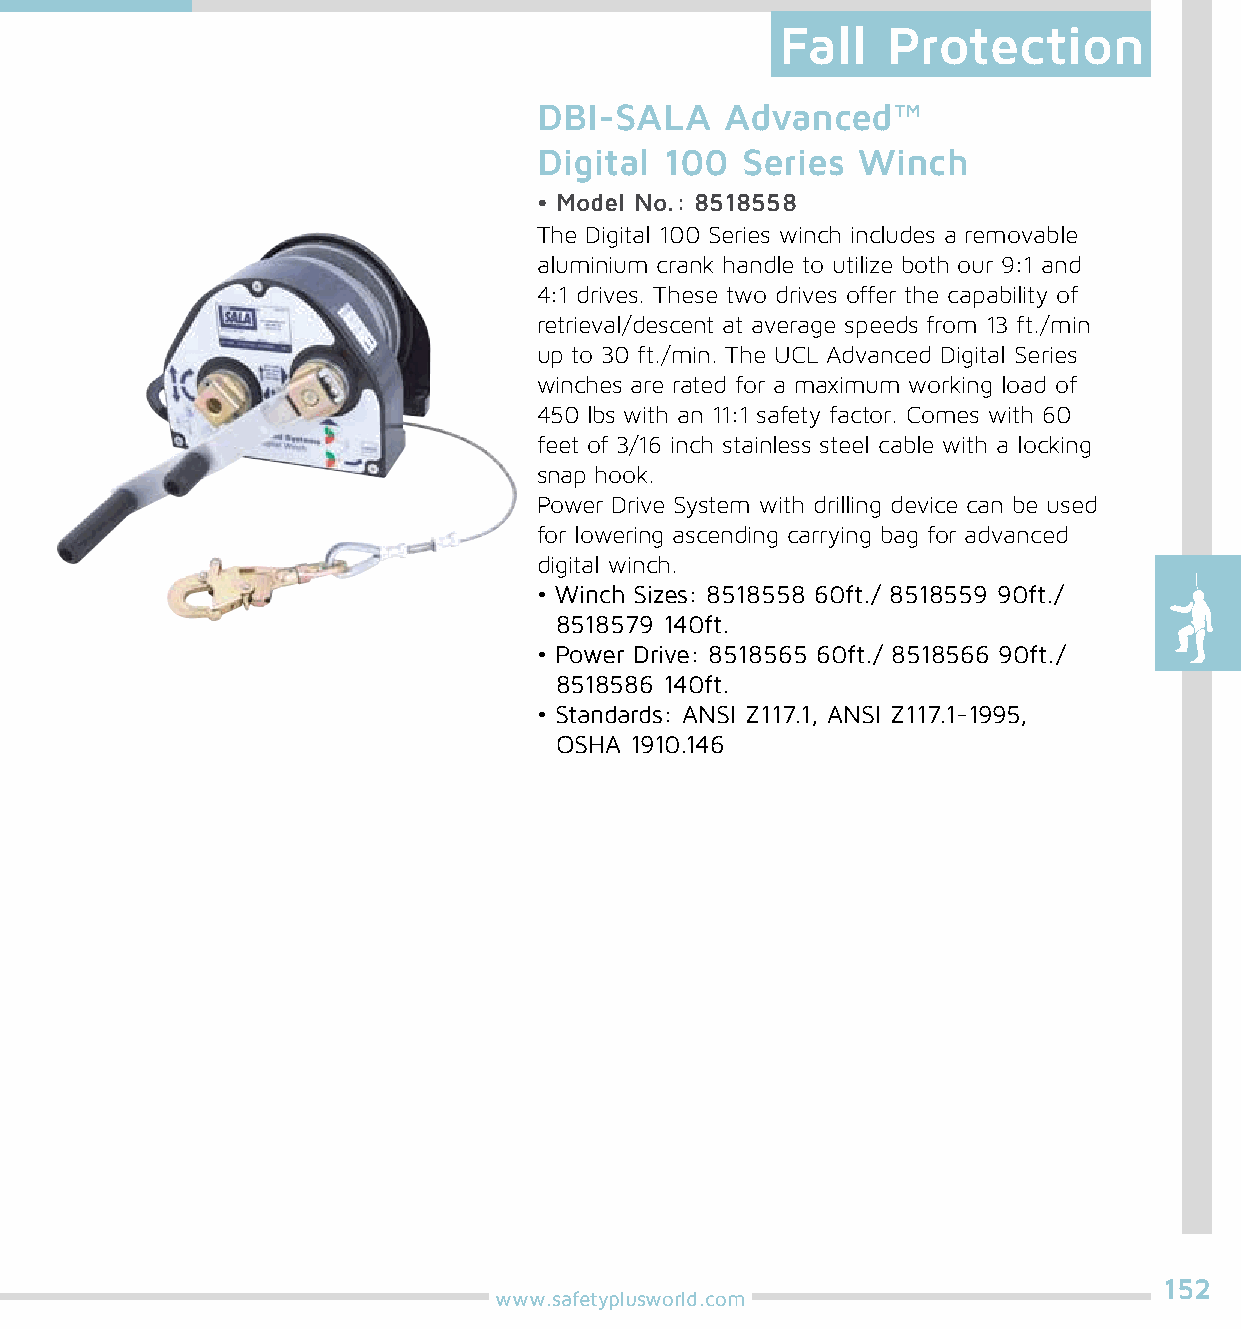
Fall   Protection
 DBI-SALA    Advanced™
 Digital 100  Series  Winch
 • Model No.: 8518558
 The Digital 100 Series winch includes a removable
 aluminium crank handle to utilize both our 9:1 and
 4:1 drives. These two drives offer the capability of
 retrieval/descent at average speeds from 13 ft./min
 up to 30 ft./min. The UCL Advanced Digital Series
 winches are rated for a maximum working load of
 450 lbs with an 11:1 safety factor. Comes with 60
 feet of 3/16 inch stainless steel cable with a locking
 snap hook.
 Power Drive System with drilling device can be used
 for lowering ascending carrying bag for advanced
 digital winch.
 • Winch Sizes: 8518558 60ft./ 8518559 90ft./
 8518579 140ft.
 • Power Drive: 8518565 60ft./ 8518566 90ft./
 8518586 140ft.
 • Standards: ANSI Z117.1, ANSI Z117.1-1995,
 OSHA 1910.146
 152
 www.safetyplusworld.com